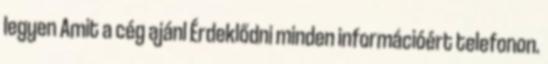
legyen Amit a cég ajánl Érdeklődni minden információért telefonon.